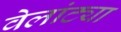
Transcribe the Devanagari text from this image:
वेलांट्या